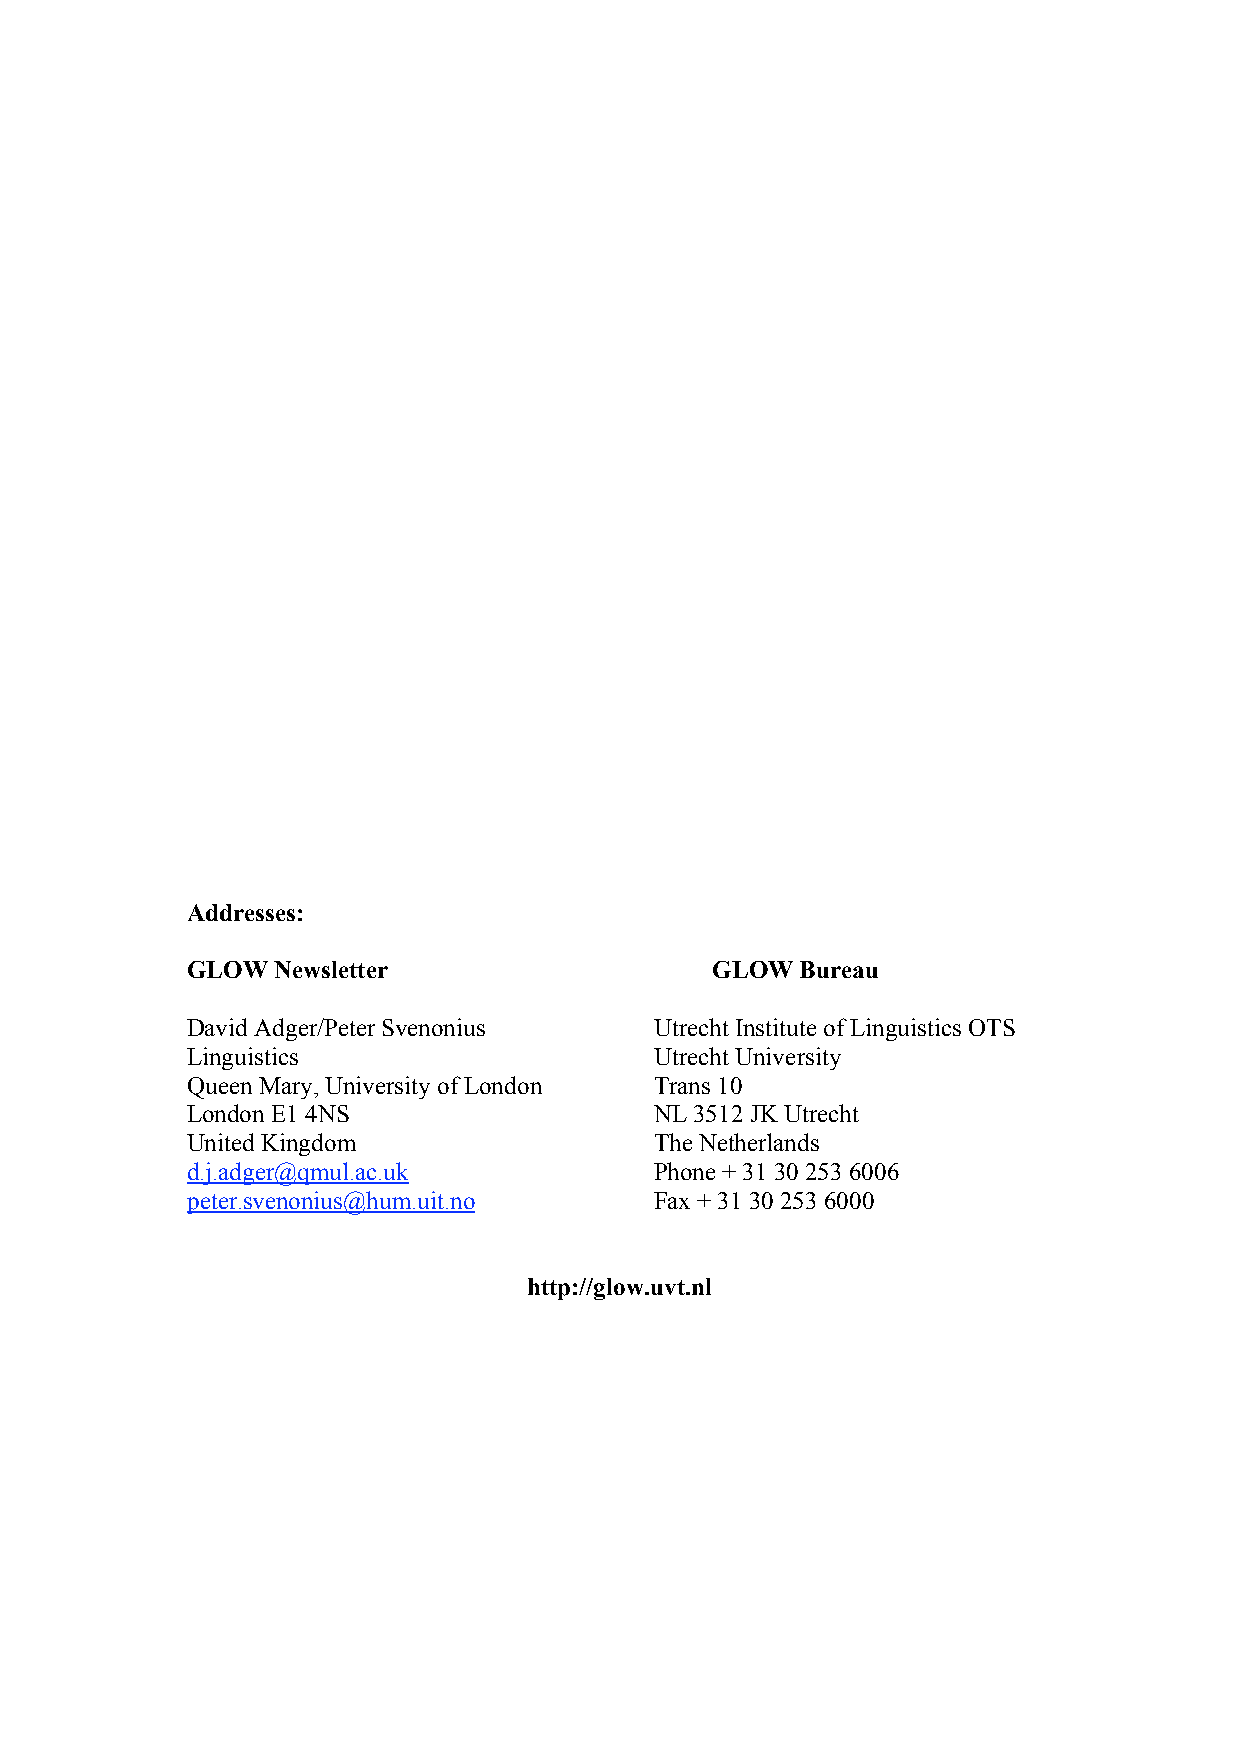
Addresses:
 GLOW  Newsletter                   GLOW  Bureau
 David Adger/Peter Svenonius    Utrecht Institute of Linguistics OTS
 Linguistics                    Utrecht University
 Queen Mary, University of London Trans 10
 London E1 4NS                  NL 3512 JK Utrecht
 United Kingdom                 The Netherlands
 d.j.adger@qmul.ac.uk           Phone + 31 30 253 6006
 peter.svenonius@hum.uit.no     Fax + 31 30 253 6000
 http://glow.uvt.nl